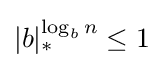
|b|_{*}^{\log _{b}n}\leq 1